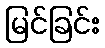
မြင်ခြင်း